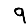
Digit: 9